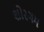
શોરગમ